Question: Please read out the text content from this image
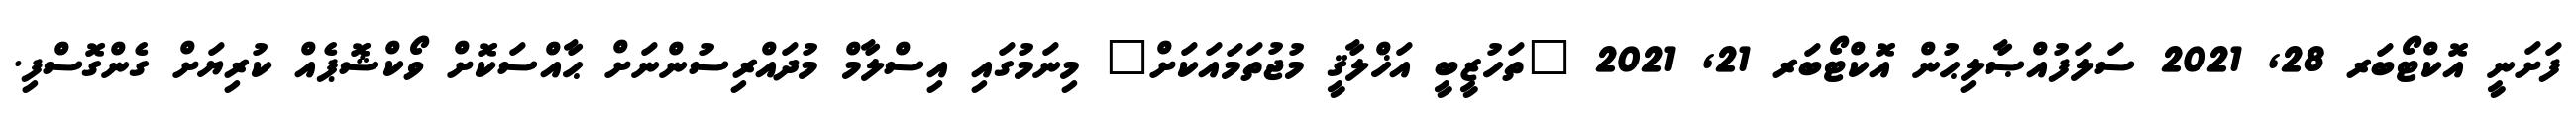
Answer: ފަށަނީ އޮކްޓޯބަރ 28, 2021 ސަލަފުއްޞާލިޙުން އޮކްޓޯބަރ 21, 2021 "ތަހުޒީބީ އަޚްލާޤީ މުޖުތަމައަކަށް" މިނަމުގައި އިސްލާމް މުދައްރިސުންނަށް ޙާއްސަކޮށް ވޯކްޝޮޕެއް ކުރިޔަށް ގެންގޮސްފި.